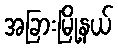
အခြားမြို့နယ်